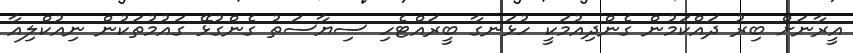
އީރާނަށް ބިރު ދައްކަމުން ގެންދިއުމަކީ ހުޅަނގާ ބީރައްޓެހި ސިޔާސަތު ގެންގުޅޭ ގައުމުތަކުން ނިއުކްލިއާ